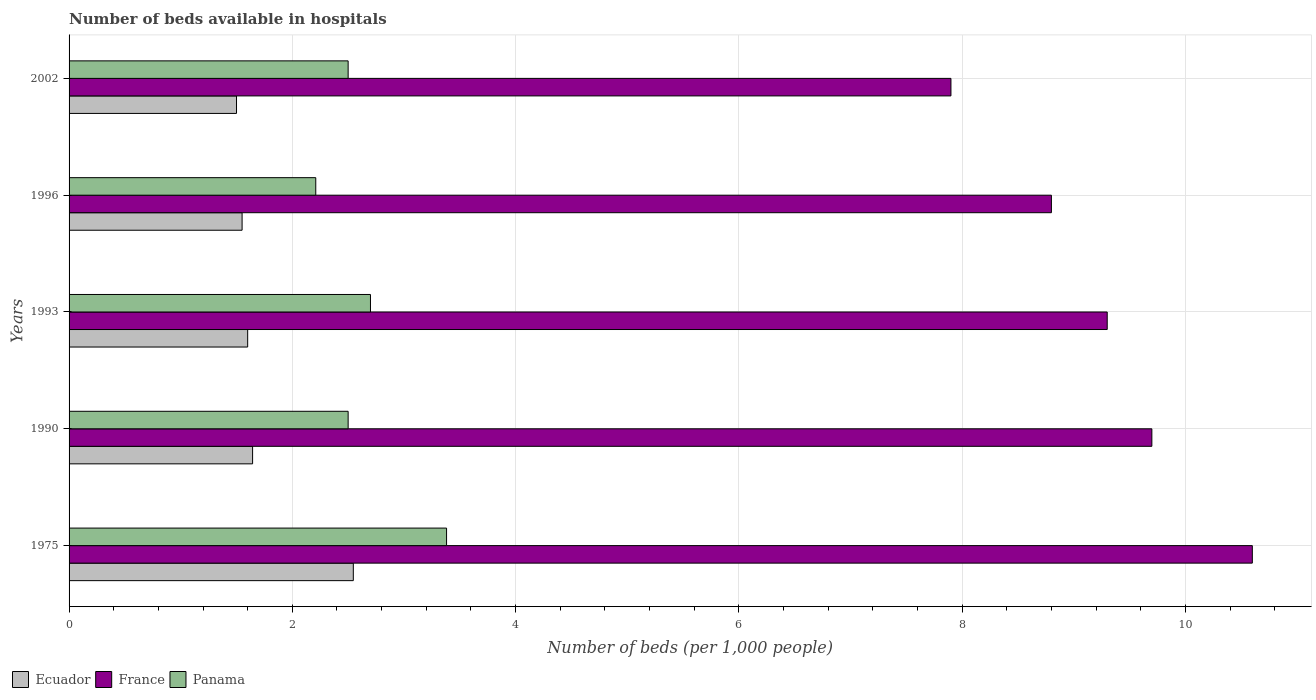
| Years | Ecuador | France | Panama |
 | --- | --- | --- | --- |
 | 1975 | 2.55 | 10.6 | 3.38 |
 | 1990 | 1.64 | 9.7 | 2.5 |
 | 1993 | 1.6 | 9.3 | 2.7 |
 | 1996 | 1.55 | 8.8 | 2.21 |
 | 2002 | 1.5 | 7.9 | 2.5 |